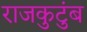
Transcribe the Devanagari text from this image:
राजकुटुंब